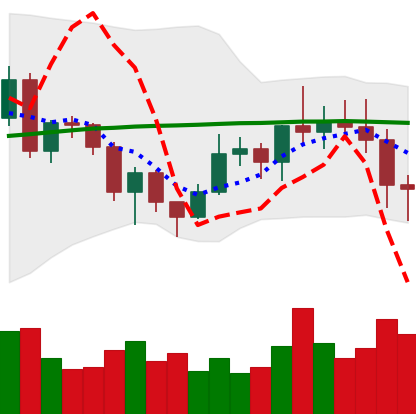
Ticker: NEO-USD
Chart end date: 2020-12-22
Forward return: -8.708%
Label: down_7plus